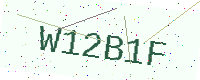
Text: W12B1F